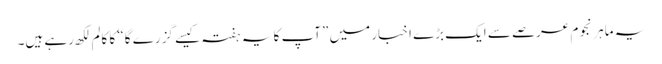
یہ ماہر نجوم عرصے سے ایک بڑے اخبار میں ”آپ کا یہ ہفتہ کیسے گزرے گا“ کا کالم لکھ رہے ہیں۔